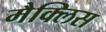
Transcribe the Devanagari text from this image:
मैक्लिस